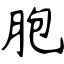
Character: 胞